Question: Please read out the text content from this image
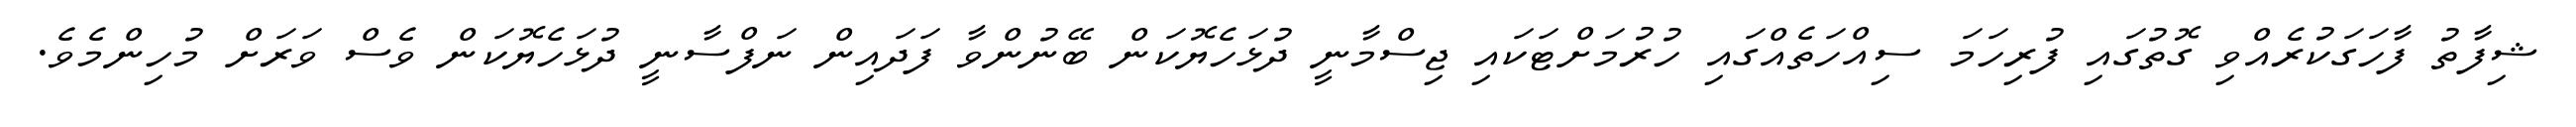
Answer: ޝިފާތު ފާހަގަކުރެއްވި ގޮތުގައި ފުރިހަމަ ސިއްހަތެއްގައި ހުރުމަށްޓަކައި ޖިސްމާނީ ދުޅަހެޔޮކަން ބޭނުންވާ ފަދައިން ނަފްސާނީ ދުޅަހެޔޮކަން ވެސް ވަރަށް މުހިންމެވެ.